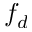
f _ { d }